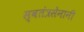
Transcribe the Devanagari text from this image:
स्वतंत्रसेनानी